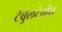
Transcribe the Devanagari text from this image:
टेबुलटेनीस